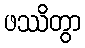
ဖဿိတွာ